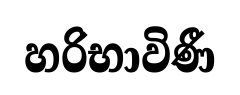
හරිභාවිණී